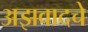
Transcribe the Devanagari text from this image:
अझवादचे